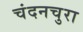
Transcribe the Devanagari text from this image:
चंदनचुरा